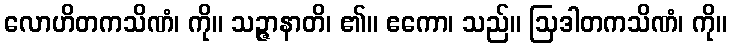
လောဟိတကသိဏံ၊ ကို။ သဉ္ဇာနာတိ၊ ၏။ ဧကော၊ သည်။ ဩဒါတကသိဏံ၊ ကို။